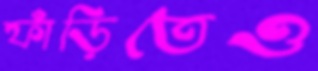
ফাঁড়িতেও